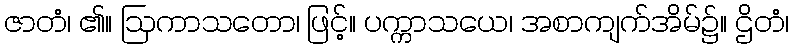
ဇာတံ၊ ၏။ ဩကာသတော၊ ဖြင့်။ ပက္ကာသယေ၊ အစာကျက်အိမ်၌။ ဌိတံ၊